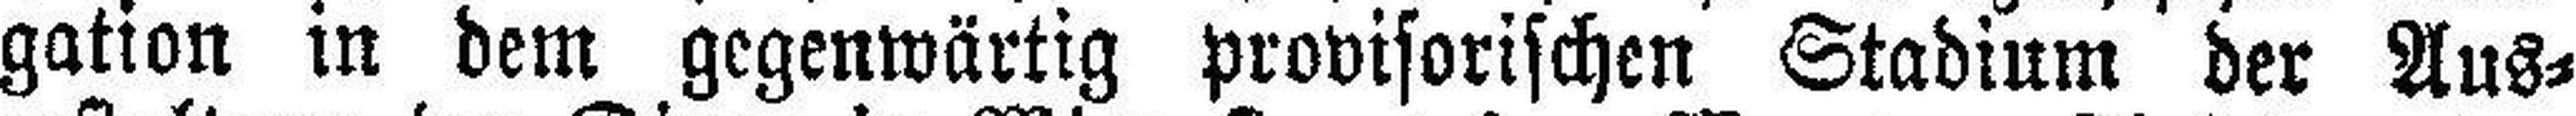
gation in dem gegenwärtig provisorischen Stadium der Aus¬